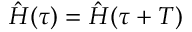
{ \hat { H } ( \tau ) = \hat { H } ( \tau + T ) }